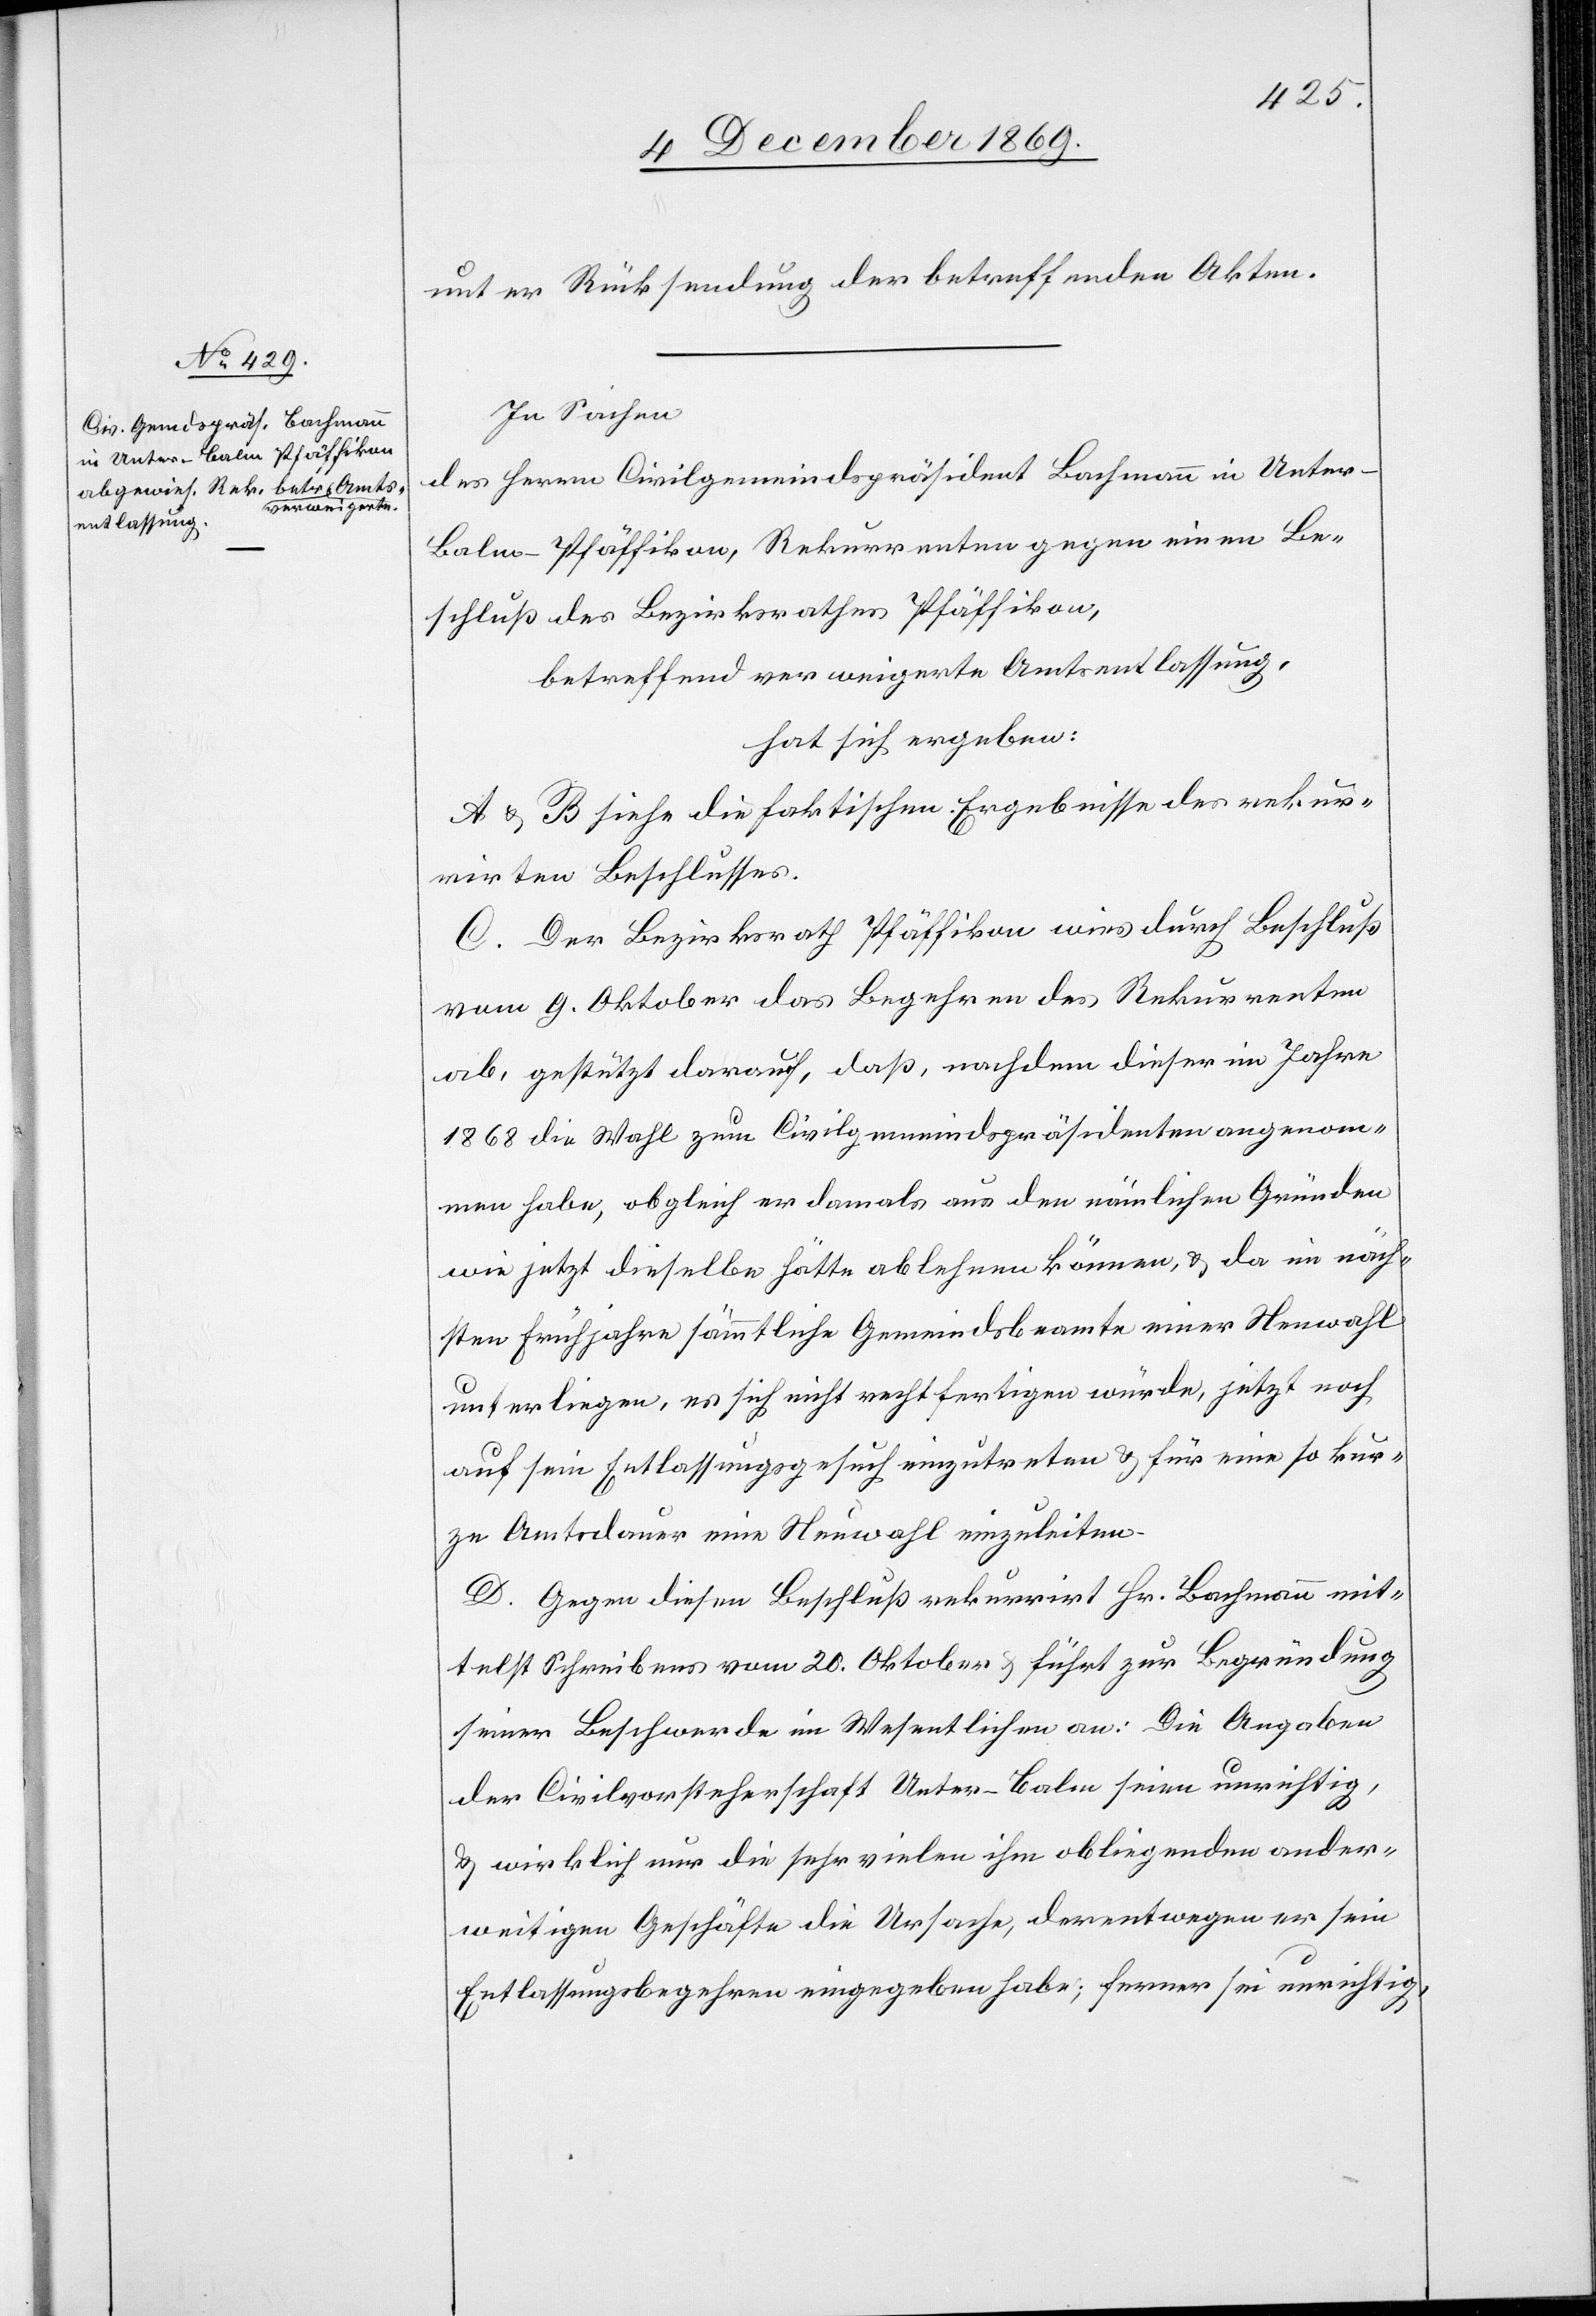
unter Rücksendung der betreffenden Akten.
In Sachen
des Herrn Civilgemeindspräsident Bachmann in Unter-B¬
alm - Pfäffikon, Rekurrenten gegen einen Be¬
schluß des Bezirksrathes Pfäffikon,
betreffend verweigerte Amtsentlassung,
hat sich ergeben:
A & B siehe die faktischen Ergebnisse des rekur¬
rirten Beschlusses.
C. Der Bezirksrath Pfäffikon wies durch Beschluß
vom 9. Oktober das Begehren des Rekurrenten
ab, gestützt darauf, daß, nachdem dieser im Jahre
1868 die Wahl zum Civilgemeindspräsidenten angenom¬
men habe, obgleich er damals aus den nämlichen Gründen
wie jetzt dieselbe hätte ablehnen können, & da im näch¬
sten Frühjahre sämmtliche Gemeindsbeamte einer Neuwahl
unterliegen, es sich nicht rechtfertigen würde, jetzt noch
auf sein Entlassungsgesuch einzutreten & für eine so kur¬
ze Amtsdauer eine Neuwahl einzuleiten.
D. Gegen diesen Beschluß rekurrirt Hr. Bachmann mit¬
telst Schreibens vom 20. Oktober & führt zur Begründung
seiner Beschwerde im Wesentlichen an: Die Angaben
der Civilvorsteherschaft Unter-Balm seien unrichtig,
& wirklich nur die sehr vielen ihm obliegenden ander¬
weitigen Geschäfte die Ursache, derentwegen er sein
Entlassungsbegehren eingegeben habe; ferner sei unrichtig,